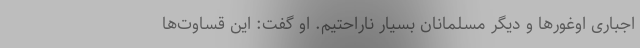
اجباری اوغورها و دیگر مسلمانان بسیار ناراحتیم. او گفت: این قساوت‌ها